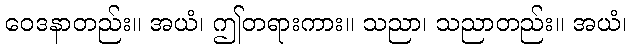
ဝေဒနာတည်း။ အယံ၊ ဤတရားကား။ သညာ၊ သညာတည်း။ အယံ၊